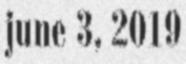
june 3, 2019